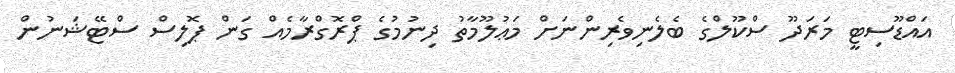
އައްޑޫސިޓީ މަރަދޫ ސްކޫލްގެ ބެލެނިވެރިންނަށް މަޢުލޫމާތު ދިނުމުގެ ޕްރޮގްރާމެއް ގަން ޕޮލިސް ސްޓޭޝަނުން